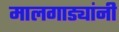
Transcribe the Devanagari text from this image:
मालगाड्यांनी